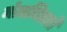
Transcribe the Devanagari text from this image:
मंज़निल्लो